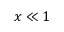
x \ll 1